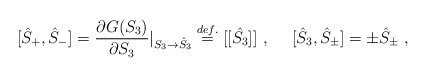
\begin{align*}[\hat{S}_+,\hat{S}_-]=\displaystyle\frac{\partial G(S_3)}{\partial S_3}\vert_{S_3\to \hat{S}_3}\stackrel{def.}{=}[[\hat{S_3}]]~,~~~~[\hat{S}_3,\hat{S}_{\pm}]=\pm \hat{S}_{\pm}~,\end{align*}